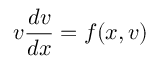
v { \frac { d v } { d x } } = f ( x , v )